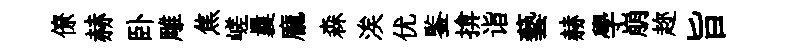
僚赫卧雕焦嵯曩龐森涘优鍳揜诣藝赫學崩趂旨